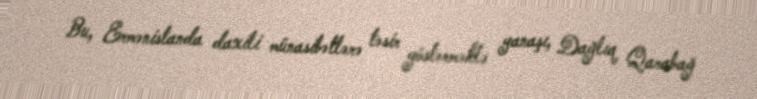
Bu, Ermənistanda daxili münasibətlərə təsir göstərməklə yanaşı, Dağlıq Qarabağ